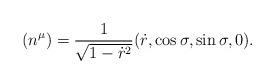
LaTeX: \begin{align*}(n^{\mu})=\frac{1}{\sqrt{1-\dot{r}^{2}}}(\dot{r}, \cos{\sigma},\sin{\sigma}, 0).\end{align*}